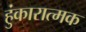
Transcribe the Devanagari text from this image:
हुंकारात्मक